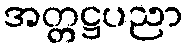
အတ္တဋ္ဌပညာ